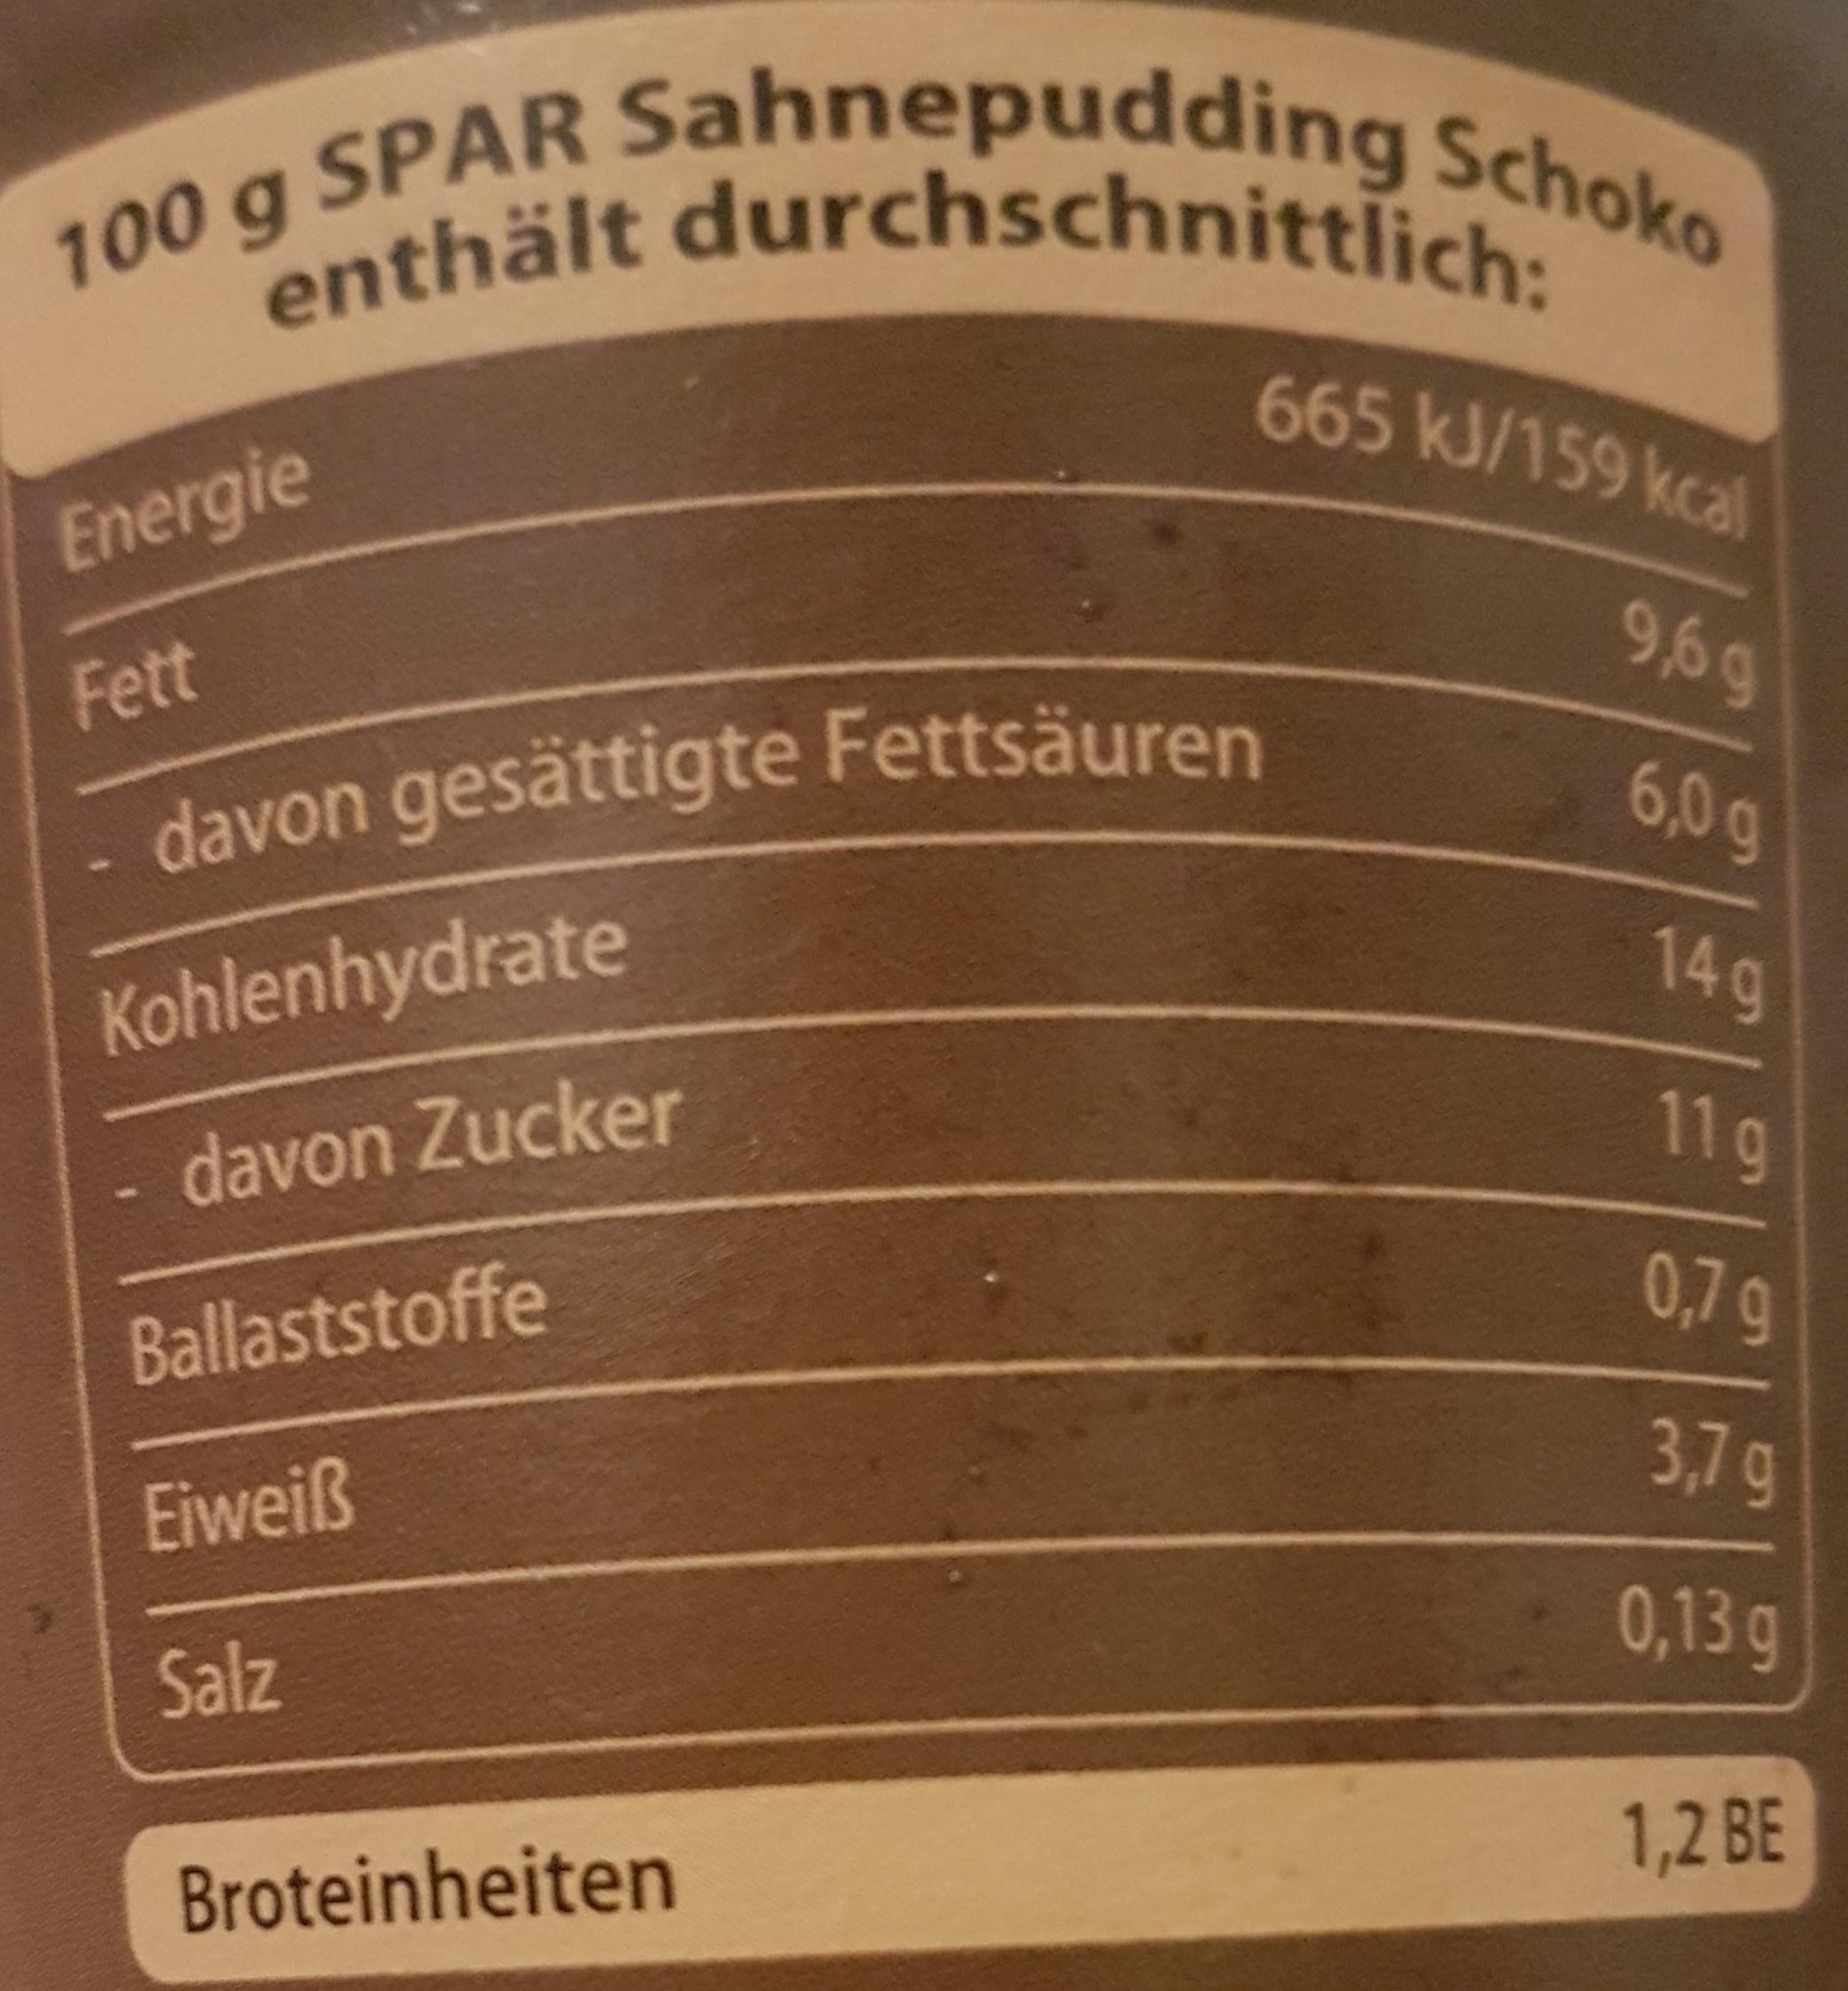
100 g SPAR Sahnepudding Schoko
enthält durchschnittlich:
665 kJ/159 kcal
Energie
969
Fett
davon gesättigte Fettsäuren
6,0g
140
Kohlenhydrate
11g
davon Zucker
0,7 g
Ballaststoffe
3,7g
Eiweiß
0,13 g
Salz
1,2 BE
Broteinheiten